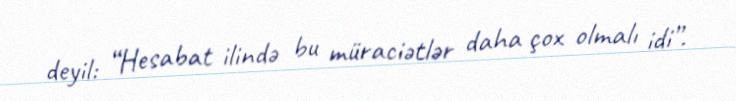
deyil: “Hesabat ilində bu müraciətlər daha çox olmalı idi”.